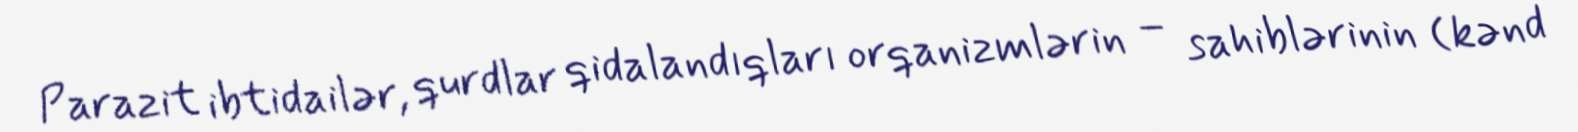
Parazit ibtidailər, qurdlar qidalandıqları orqanizmlərin – sahiblərinin (kənd